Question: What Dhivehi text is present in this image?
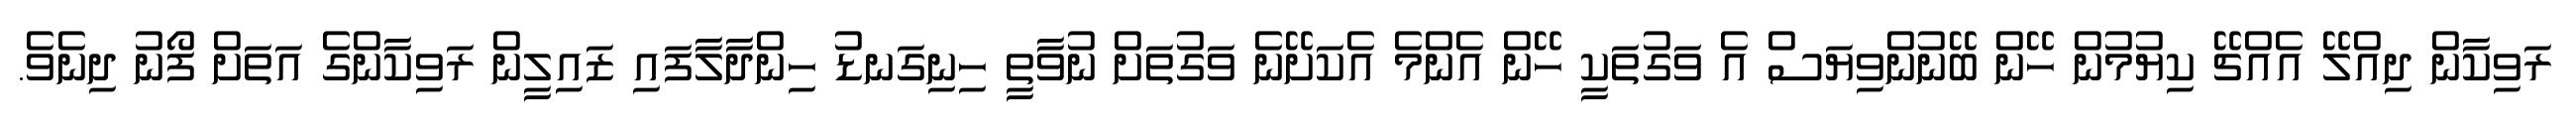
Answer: ރަވިކާން ދިއްލޭ އެއްޗޭ ކިޔުމުން ހޭން ބޭނުންވިޔަސް އެ ވަގުތަކީ ހޭން އެންމެ އެކަށޭނެ ވަގުތަށް ނުވާތީ ހިނިގަނޑު ހިންދާލާފައި ޒައިލީން ރަވިކާންގެ އަތަށް ފޯނު ދިނެވެ.